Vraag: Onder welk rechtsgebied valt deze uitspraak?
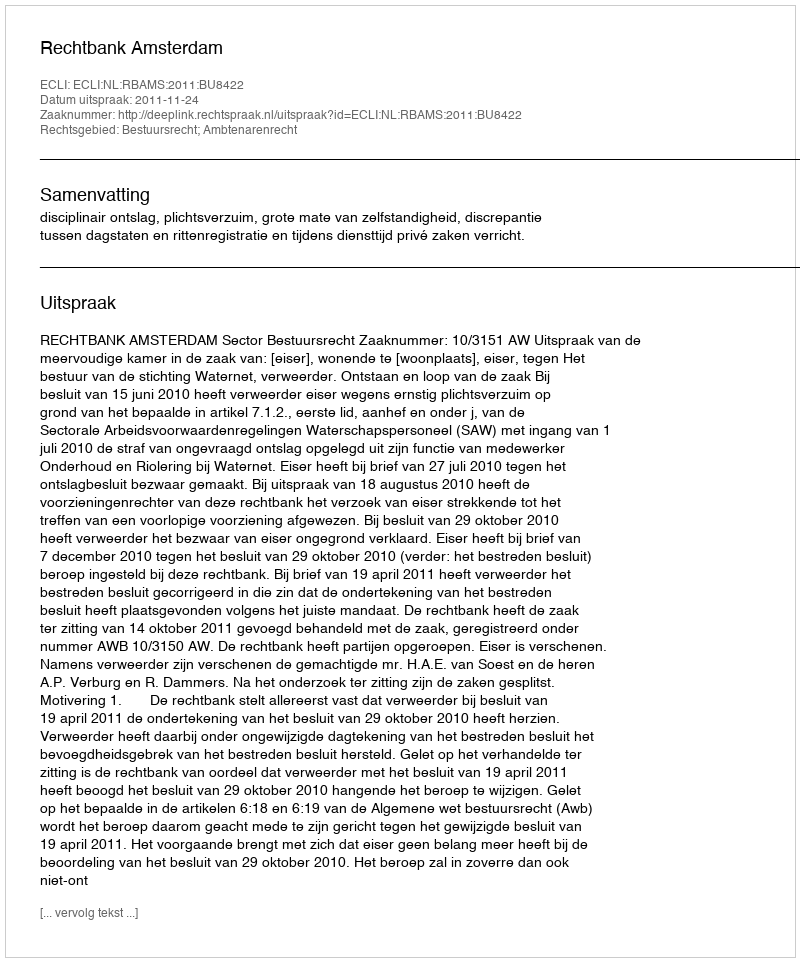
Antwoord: Bestuursrecht; Ambtenarenrecht